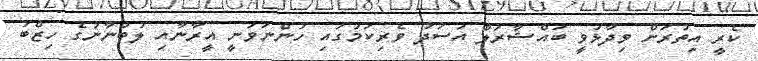
ކެރީ އިތުރަށް ވިދާޅުވީ ބައްޝާރަލް އަސަދު ވެރިކަމުގައި ހުންނަވަނީ އީރާނާއި ލުބުނާނުގެ ހިޒްބު